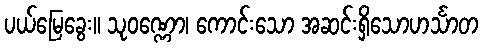
ပယ်မြေခွေး။ သုဝဏ္ဏော၊ ကောင်းသော အဆင်းရှိသောဟင်္သာတ